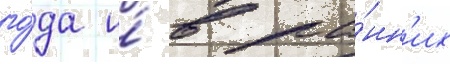
го́да и́ в ра́нн'их